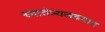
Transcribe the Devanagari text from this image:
स्वातंत्र्यलढयात